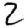
Digit: 2